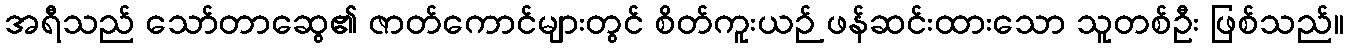
အရီသည် သော်တာဆွေ၏ ဇာတ်ကောင်များတွင် စိတ်ကူးယဉ် ဖန်ဆင်းထားသော သူတစ်ဦး ဖြစ်သည်။